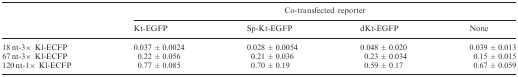
<table><thead><tr><td></td><td colspan="4"><b>Co-transfected reporter</b></td></tr><tr><td></td><td><b>Kt-EGFP</b></td><td><b>Sp-Kt-EGFP</b></td><td><b>dKt-EGFP</b></td><td><b>None</b></td></tr></thead><tbody><tr><td>18 nt-3× Kl-ECFP</td><td>0.037 ± 0.0024</td><td>0.028 ± 0.0054</td><td>0.048 ± 0.020</td><td>0.039 ± 0.013</td></tr><tr><td>67 nt-3× Kl-ECFP</td><td>0.22 ± 0.056</td><td>0.21 ± 0.036</td><td>0.23 ± 0.034</td><td>0.15 ± 0.015</td></tr><tr><td>120 nt-1× Kl-ECFP</td><td>0.77 ± 0.085</td><td>0.70 ± 0.19</td><td>0.59 ± 0.17</td><td>0.67 ± 0.059</td></tr></tbody></table>